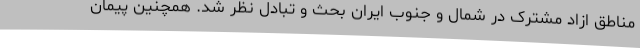
مناطق ازاد مشترک در شمال و جنوب ایران بحث و تبادل نظر شد. همچنین پیمان